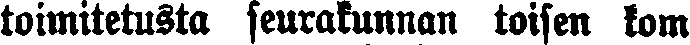
toimitetusta seurakunnan toisen kom